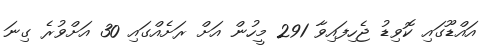
އައްޑޫގައި ކޮވިޑު ޖެހިފައިވާ 291 މީހުން އަށް ރަށެއްގައި 30 އަށްވުރެ ގިނަ